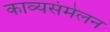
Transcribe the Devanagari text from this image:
काव्यसंमेलन